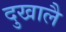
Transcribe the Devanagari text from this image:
दुखालै